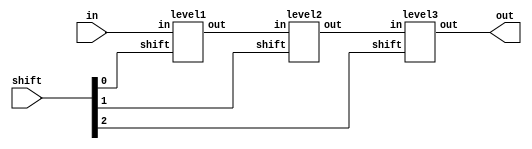
module barrel_shifter_gate(in, shift, out);
input  [7:0] in;
input  [2:0] shift;
output [7:0] out;

/*Write your code here*/
wire [7:0] temp1,temp2;

level1 l1(.in(in),.shift(shift[0]),.out(temp1));
level2 l2(.in(temp1),.shift(shift[1]),.out(temp2));
level3 l3(.in(temp2),.shift(shift[2]),.out(out));

/*End of code*/
endmodule

module level3 (in,shift,out);
input [7:0] in;
input shift;
output [7:0] out;

wire [7:0] in_data;
assign in_data = {in[3:0],4'b0};

genvar i;
for(i=0;i<8;i=i+1) begin
    mux m1(.x(out[i]),.a(in[i]),.b(in_data[i]),.sel(shift));
end

endmodule

module level2 (in,shift,out);
input [7:0] in;
input shift;
output [7:0] out;

wire [7:0] in_data;
assign in_data = {in[5:0],2'b0};

genvar j;
for(j=0;j<8;j=j+1) begin
    mux m1(.x(out[j]),.a(in[j]),.b(in_data[j]),.sel(shift));
end

endmodule

module level1 (in,shift,out);
input [7:0] in;
input shift;
output [7:0] out;

wire [7:0] in_data;
assign in_data = {in[6:0],1'b0};

genvar k;
for(k=0;k<8;k=k+1) begin
    mux m1(.x(out[k]),.a(in[k]),.b(in_data[k]),.sel(shift));
end

endmodule

module mux (x,a,b,sel);
input 	a,b,sel;
output 	x;
wire sel_i,w1,w2;

not #1 n0(sel_i,sel);
and #1 a1(w1,a,sel_i);
and #1 a2(w2,b,sel);
or  #1 o1(x,w1,w2);

endmodule